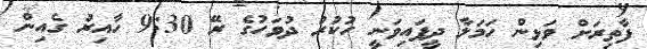
ފާތިރަށް ވަޅިން ހަމަލާ ދީފައިވަނީ ހުކުރު ދުވަހުގެ ރޭ 9:30 ހާއިރު ގެއިން